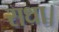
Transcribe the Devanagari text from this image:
राधा।